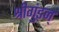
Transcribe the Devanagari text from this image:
श्रीगुंडन्